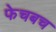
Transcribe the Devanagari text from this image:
फेचबच